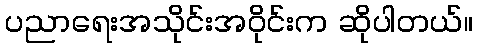
ပညာရေးအသိုင်းအဝိုင်းက ဆိုပါတယ်။